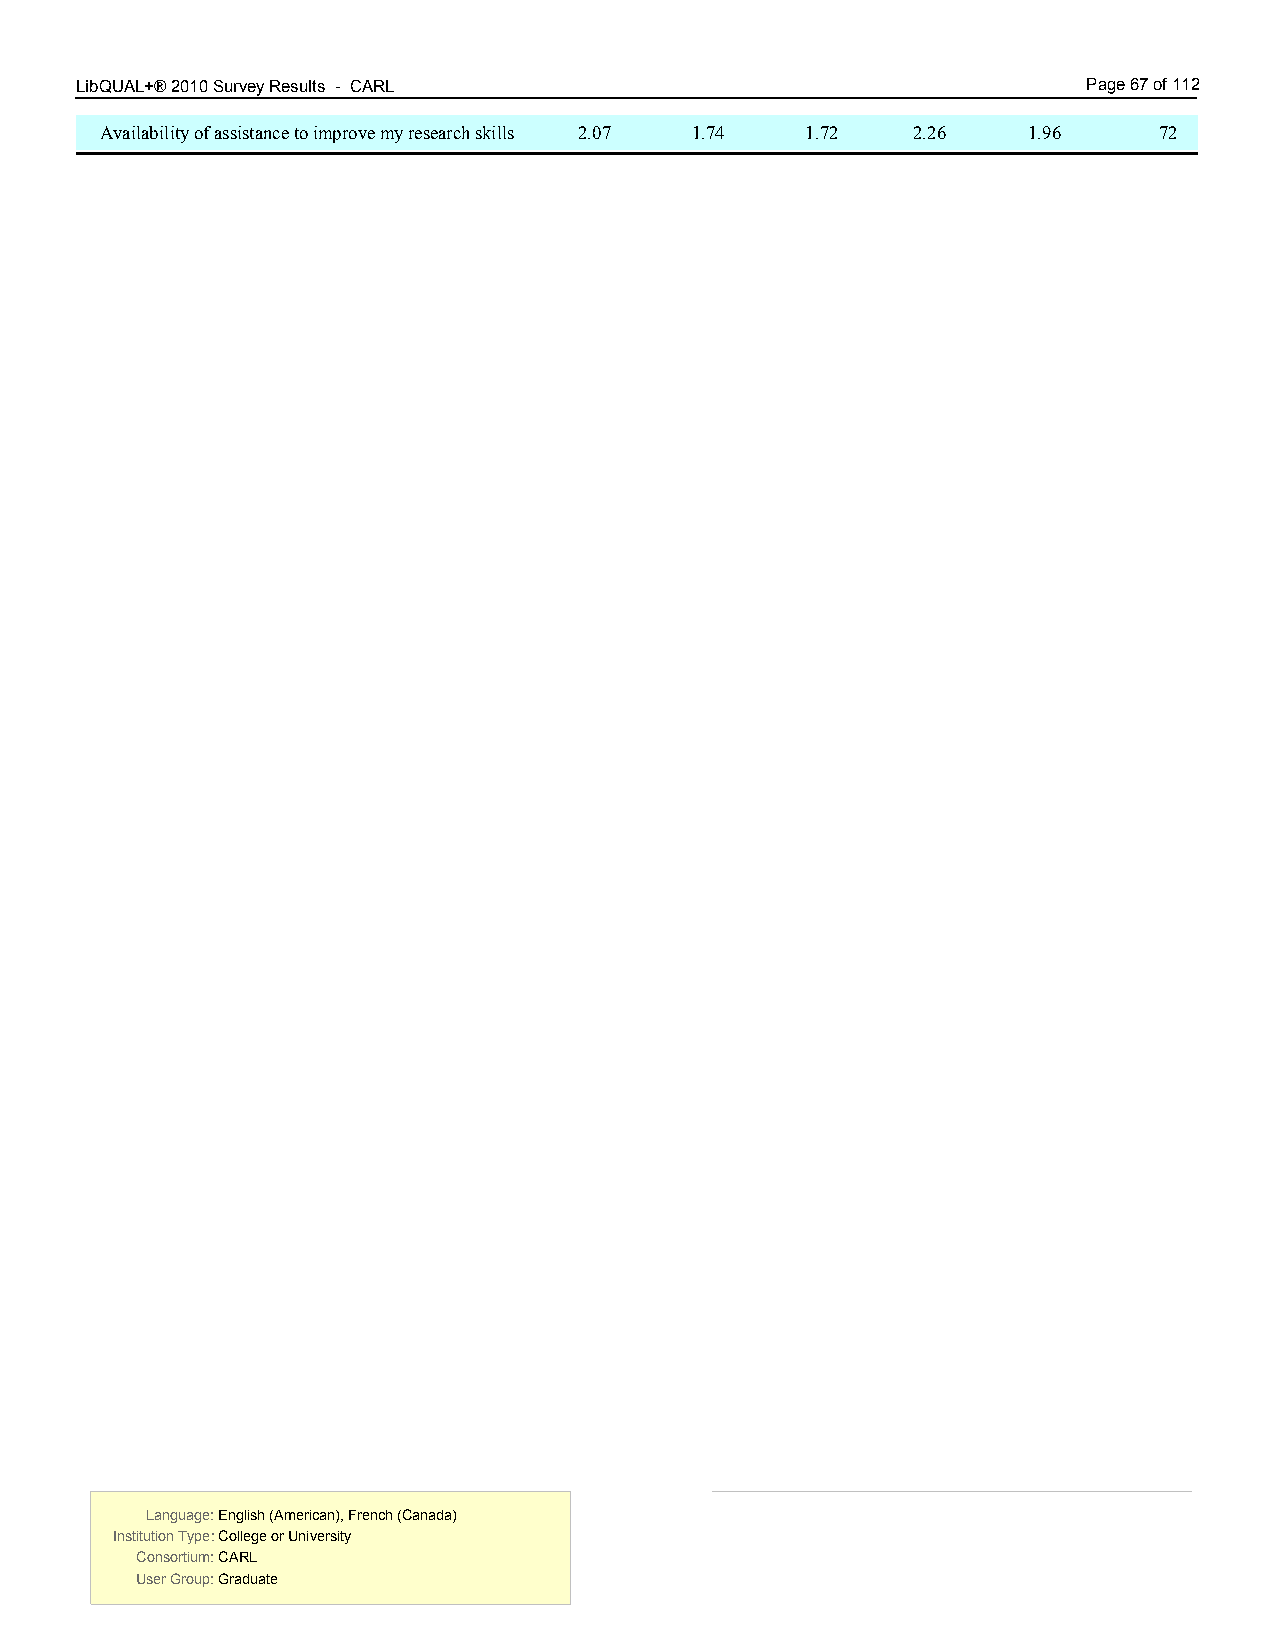
LibQUAL+® 2010 Survey Results - CARL 5.00                          Page 67 of 112
 Availability of assistance to improve my research skills 2.07 1.74 1.72 2.26 1.96 72
 Language: English (American), French (Canada) Language: English (American), French (Canada)
 Institution Type: College or University  Institution Type: College or University
 Consortium: CARL                         Consortium: CARL
 User Group: Graduate                     User Group: Graduate